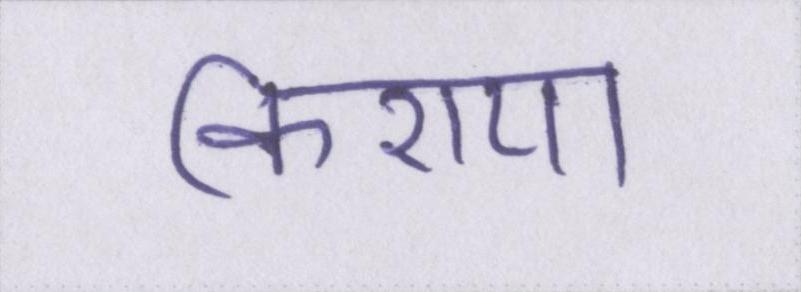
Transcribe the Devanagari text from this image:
किराया